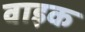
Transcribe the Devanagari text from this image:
वाइक